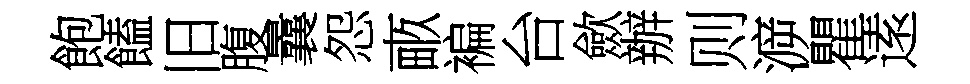
飽饁旧腹曩怨畞褊台歛辦则㴑瞿逺